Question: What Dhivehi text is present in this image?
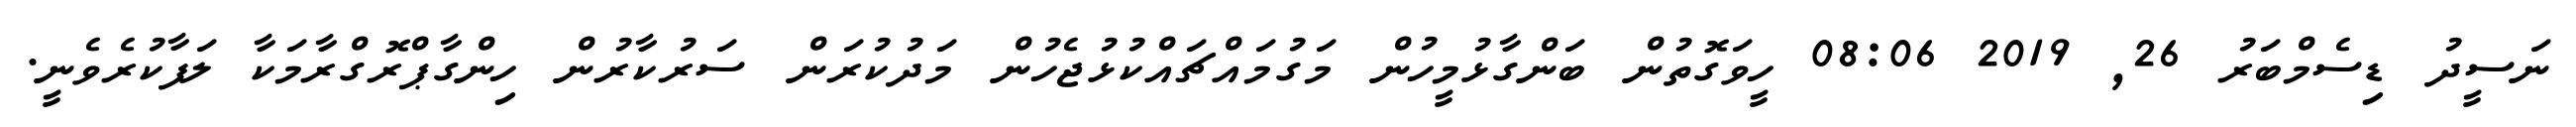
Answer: ނަސީދު ޑިސެމްބަރު 26, 2019 08:06 ހީވަގޮތުން ބަންގާޅުމީހުން މަގުމައްޗައްކުޅުޖެހުން މަދުކުރަން ސަރުކާރުން ހިންގާޕްރޮގްރާމަކާ ލަފާކުރެވެނީ.